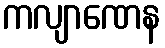
ကလျာဏေန